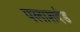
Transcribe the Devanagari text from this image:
पलाशदंड